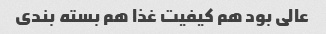
عالی بود هم کیفیت غذا هم بسته بندی